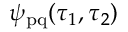
\psi _ { \mathrm { p q } } ( \tau _ { 1 } , \tau _ { 2 } )